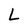
Character: L